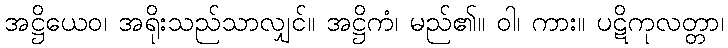
အဋ္ဌိယေဝ၊ အရိုးသည်သာလျှင်။ အဋ္ဌိကံ၊ မည်၏။ ဝါ၊ ကား။ ပဋိကုလတ္တာ၊